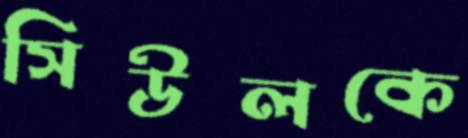
সিউলকে